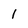
Character: 1